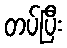
တပ်ပြီး